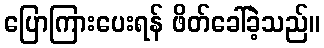
ပြောကြားပေးရန် ဖိတ်ခေါ်ခဲ့သည်။